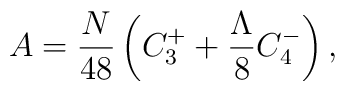
A=\frac{N}{48} \left(C^{+}_{3}+           \frac{\Lambda}{8}C^{-}_{4}\right),